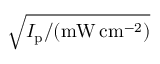
\sqrt { I _ { \mathrm { p } } / ( \mathrm { m W } \, \mathrm { c m } ^ { - 2 } ) }